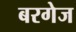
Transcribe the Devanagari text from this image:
बरगेज